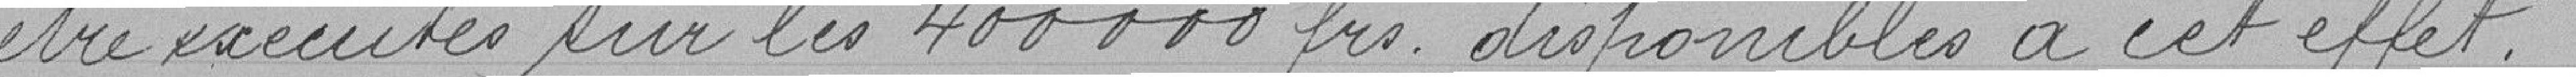
être exécutés sur les 400000 francs disponibles à cet effet.